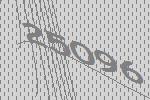
25096